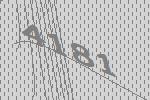
4181